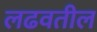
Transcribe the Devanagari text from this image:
लढवतील